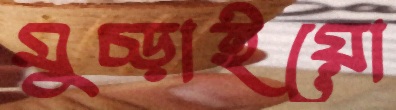
মুচ্‌ড়াইয়ো